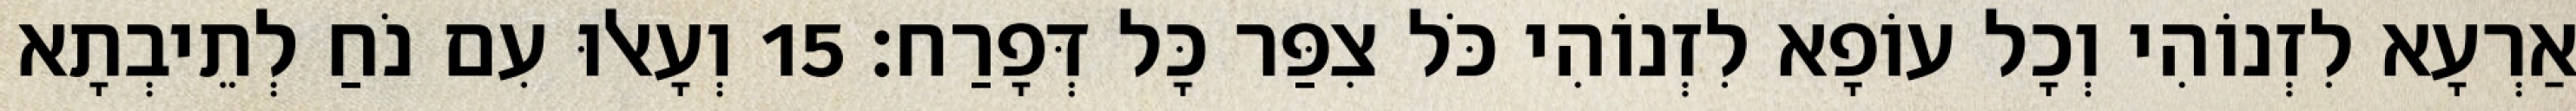
אַרְעָא לִזְנוֹהִי וְכָל עוֹפָא לִזְנוֹהִי כֹּל צִפַּר כָּל דְּפָרַח׃ 15 וְעָאלוּ עִם נֹחַ לְתֵיבְתָא